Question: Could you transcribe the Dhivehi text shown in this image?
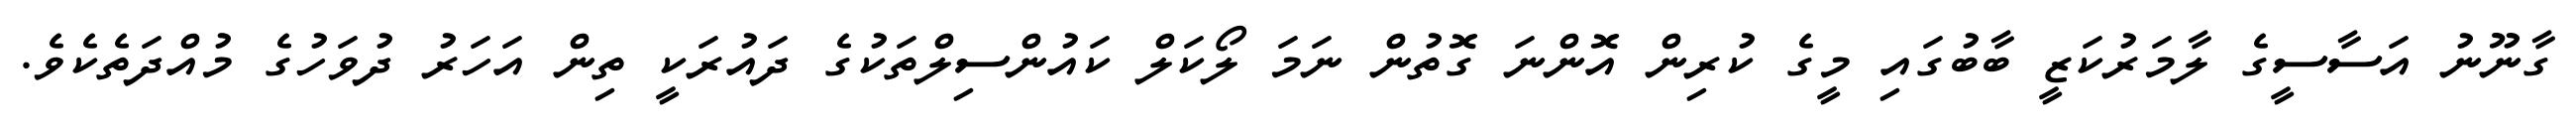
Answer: ގާނޫނު އަސާސީގެ ލާމަރުކަޒީ ބާބުގައި މީގެ ކުރިން އޮންނަ ގޮތުން ނަމަ ލޯކަލް ކައުންސިލްތަކުގެ ދައުރަކީ ތިން އަހަރު ދުވަހުގެ މުއްދަތެކެވެ.